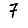
Digit: 7